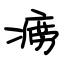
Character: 痨